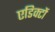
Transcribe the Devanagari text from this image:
एडिक्टों